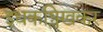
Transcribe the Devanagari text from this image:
इधकश्लिखकर